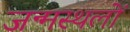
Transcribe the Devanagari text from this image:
जन्मस्थलों